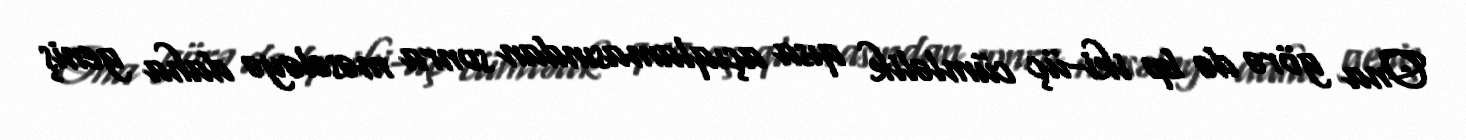
Ona görə də bp iki-üç cümləlik qısa açıqlamasından sonra məsələyə daha geniş